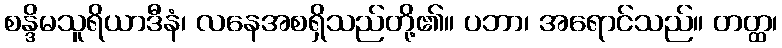
စန္ဒိမသူရိယာဒီနံ၊ လနေအစရှိသည်တို့၏။ ပဘာ၊ အရောင်သည်။ တတ္ထ၊